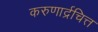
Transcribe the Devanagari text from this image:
करुणार्द्रचित्त